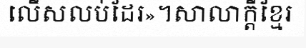
លើសលប់ដែរ»។សាលាក្តីខ្មែរ